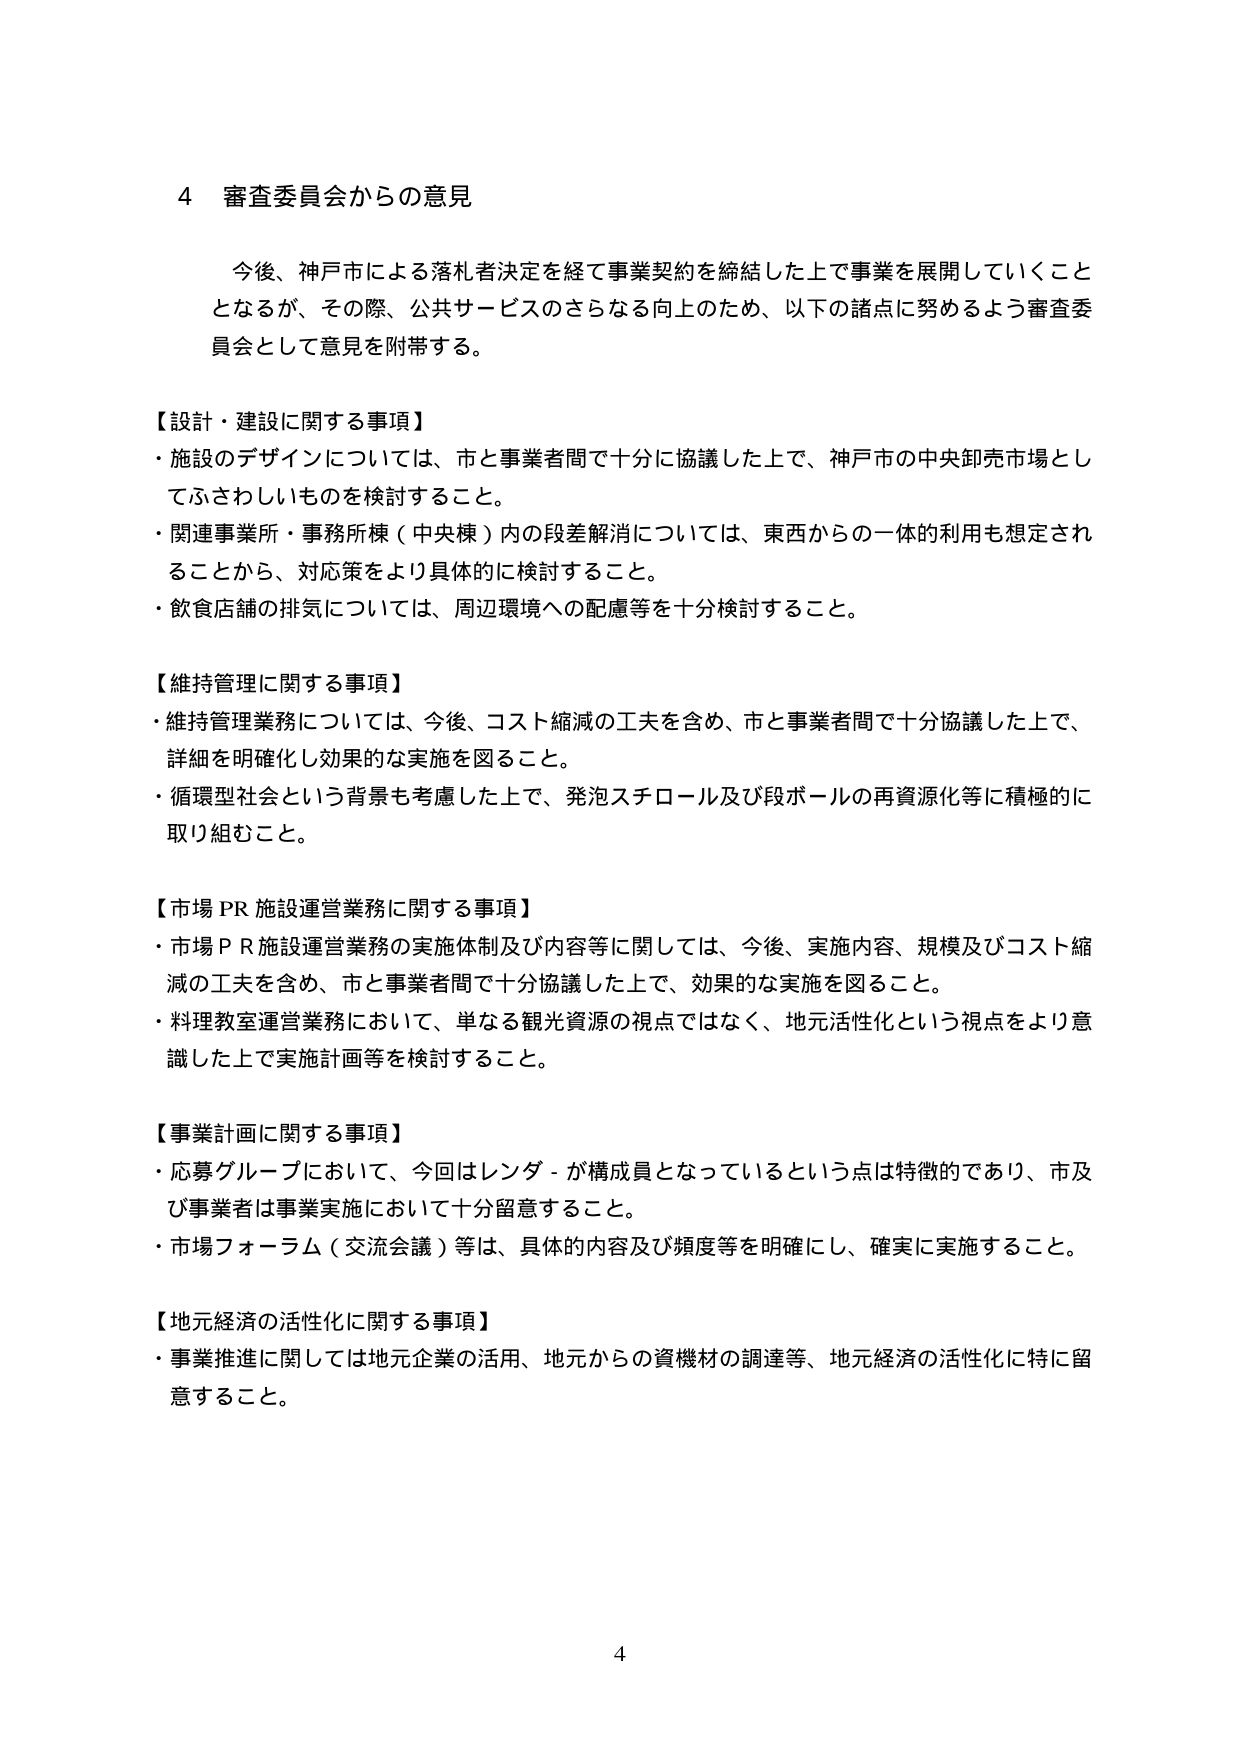
4 審査委員会からの意見

今後、神戸市による落札者決定を経て事業契約を締結した上で事業を展開していくこととなるが、その際、公共サービスのさらなる向上のため、以下の諸点に努めるよう審査委員会として意見を附帯する。

【設計・建設に関する事項】
・施設のデザインについては、市と事業者間で十分に協議した上で、神戸市の中央卸売市場としてふさわしいものを検討すること。
・関連事業所・事務所棟（中央棟）内の段差解消については、東西からの一体的利用も想定されることから、対応策をより具体的に検討すること。
・飲食店舗の排気については、周辺環境への配慮等を十分検討すること。

【維持管理に関する事項】
・維持管理業務については、今後、コスト縮減の工夫を含め、市と事業者間で十分協議した上で、詳細を明確化し効果的な実施を図ること。
・循環型社会という背景も考慮した上で、発泡スチロール及び段ボールの再資源化等に積極的に取り組むこと。

【市場PR施設運営業務に関する事項】
・市場ＰＲ施設運営業務の実施体制及び内容等に関しては、今後、実施内容、規模及びコスト縮減の工夫を含め、市と事業者間で十分協議した上で、効果的な実施を図ること。
・料理教室運営業務において、単なる観光資源の視点ではなく、地元活性化という視点をより意識した上で実施計画等を検討すること。

【事業計画に関する事項】
・応募グループにおいて、今回はレンダーが構成員となっているという点は特徴的であり、市及び事業者は事業実施において十分留意すること。
・市場フォーラム（交流会議）等は、具体的内容及び頻度等を明確にし、確実に実施すること。

【地元経済の活性化に関する事項】
・事業推進に関しては地元企業の活用、地元からの資機材の調達等、地元経済の活性化に特に留意すること。

4